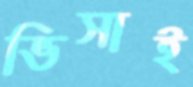
ভিসাই